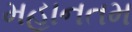
મહાનતમ